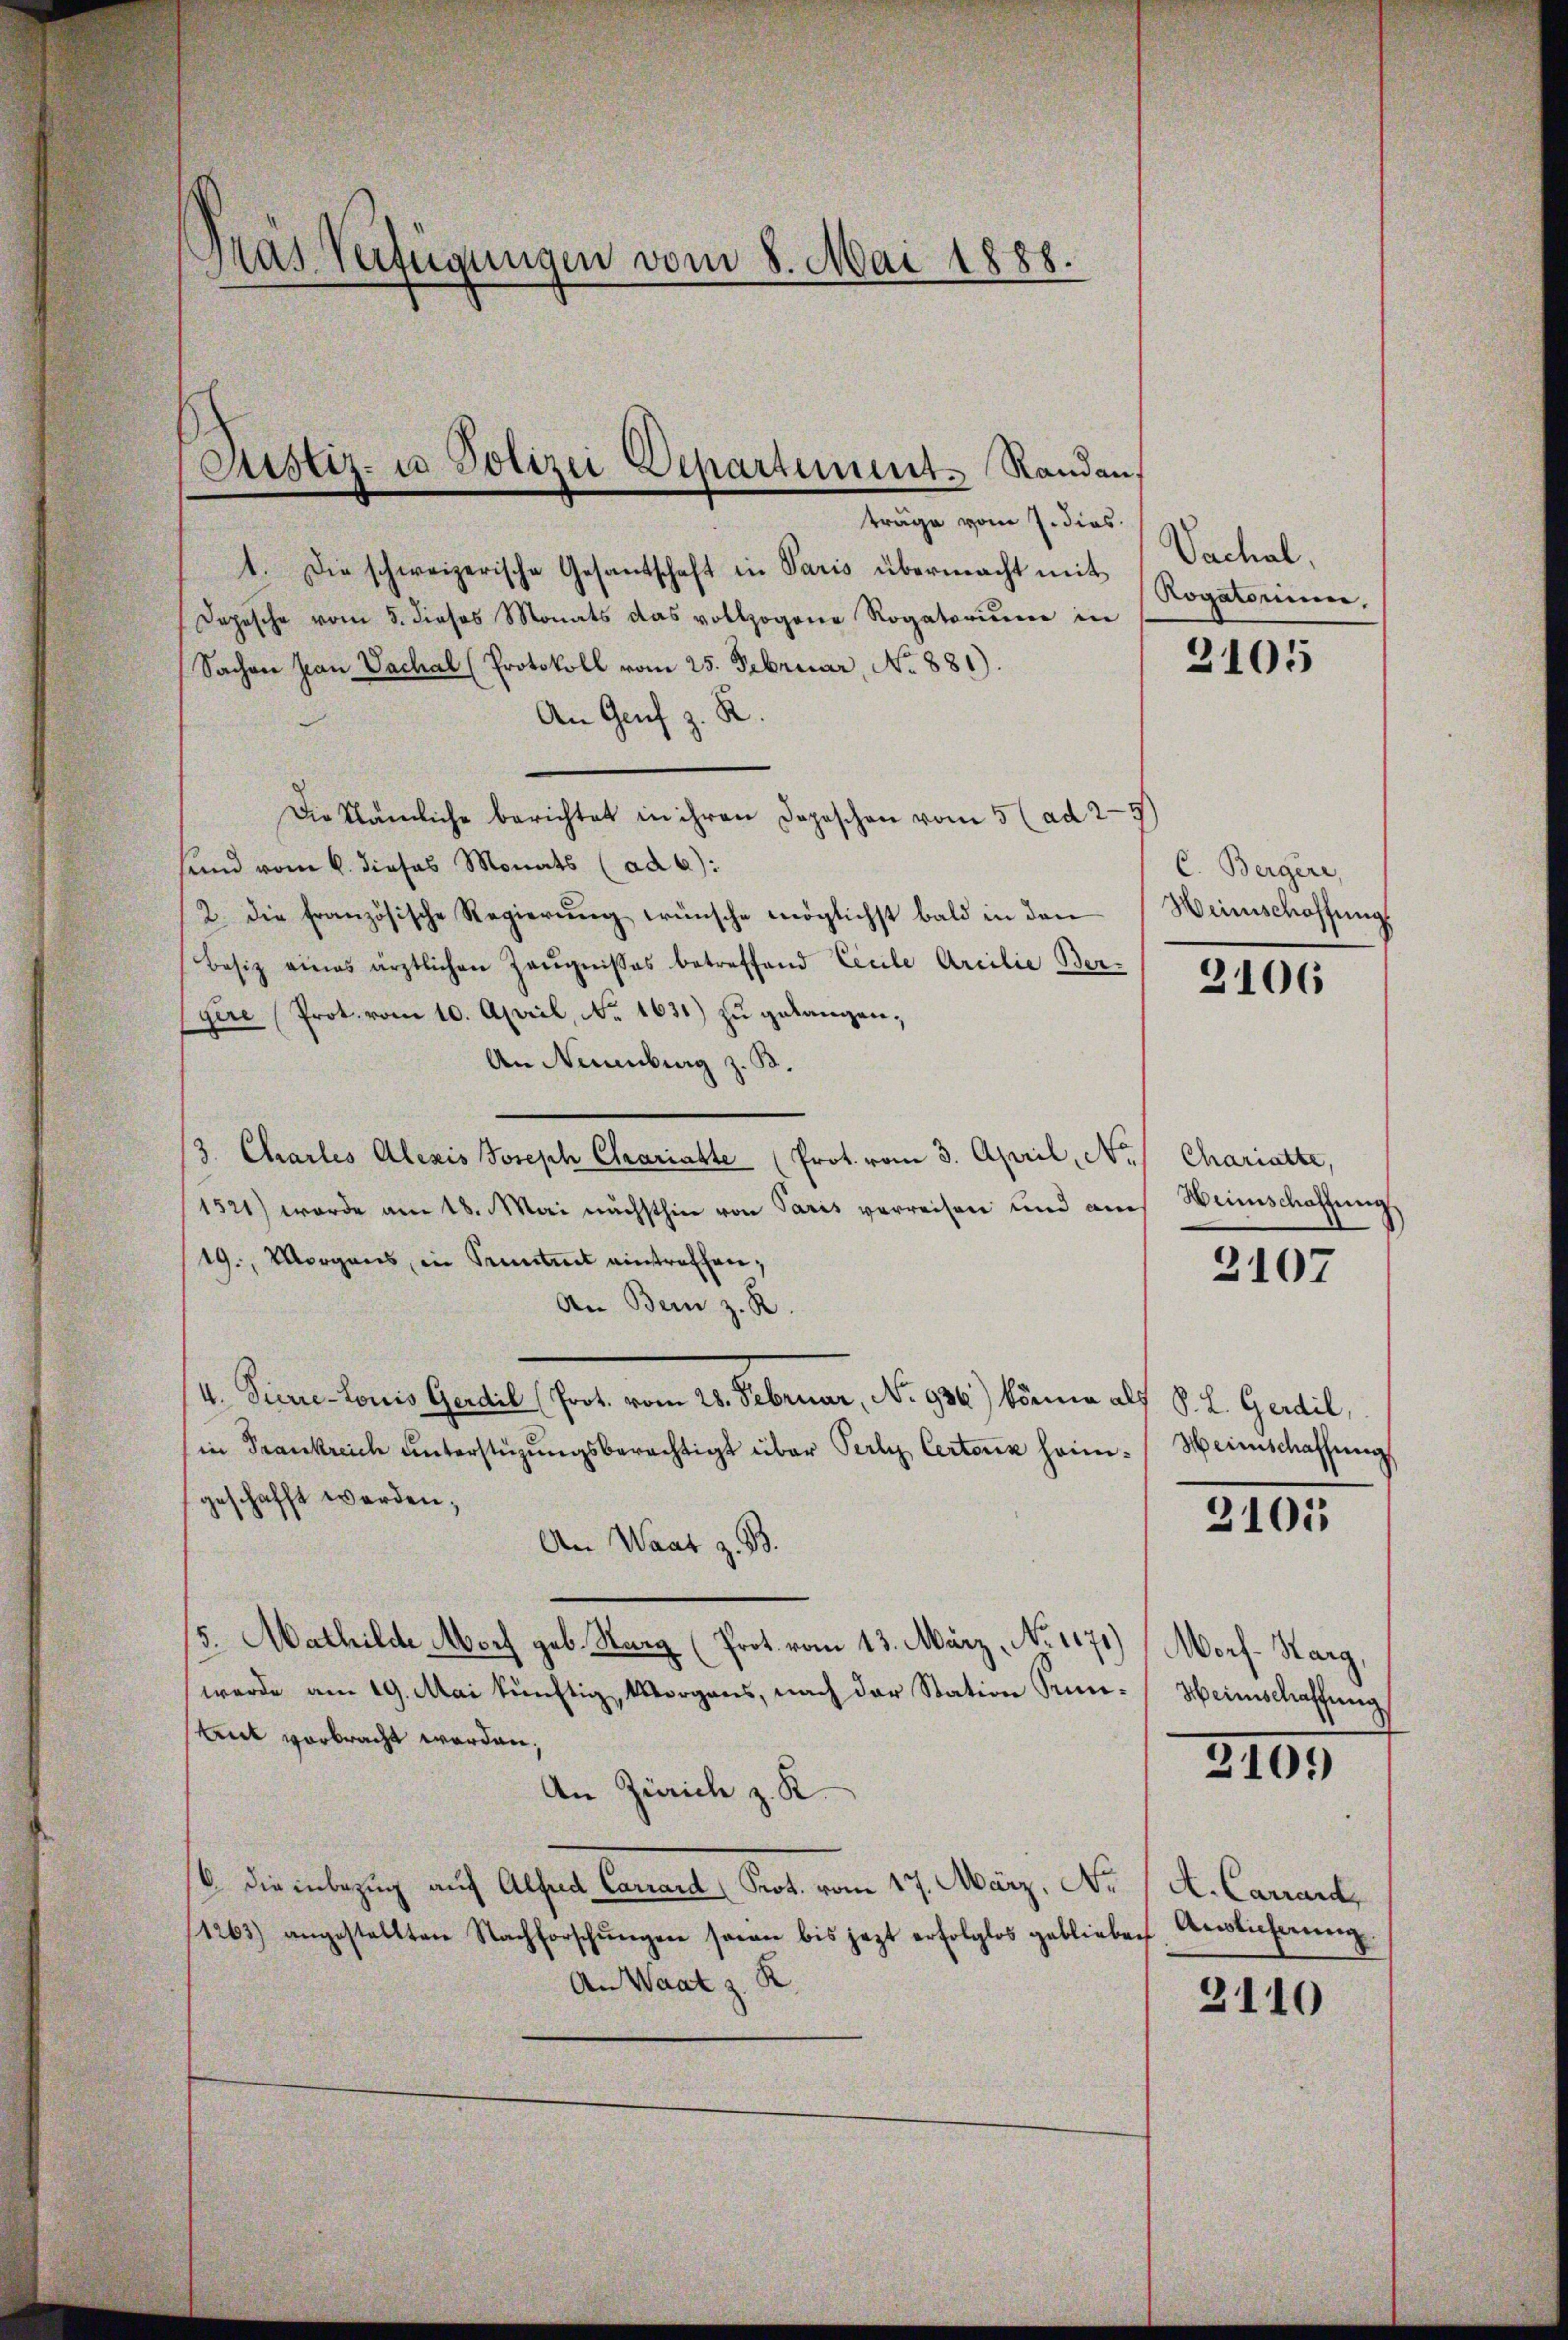
Fras Verfügungen vom 8. Mai 1888.

Justiz- u Polizei Departement. Randen,
träge vom 7. dies

1. Die schweizerische Gesantschaft in Paris übermacht mit
Dopesche vom 5. dieses Monats das vollzogene Rogatorium in
Sachen Jean Vachal (Protokoll vom 25. Februar, No 881).
An Genf z. R.
Die Nämliche berichtet in ihren Depeschen vom 5 (ad 29)
sind vom 6. dieses Monats (ad 6):
2. die französische Regierung wünsche möglichst bald in den
Besiz eines ärztlichen Zeŭgnisses betreffend Cicile Arcilie Bergere Prot. vom 10. April, No. 1631) zu gelangen;
An Neuenburg z. B.
3. Charles Alexis Joseph Chaariatte (Prot. vom 3. April, No
1521) wurde am 18. Mai nächsthin von Paris verreisen und am
19., Morgens, in Pruntert eintreffen:
An Bern z. R.
4. Directoris Geschil (Prot. vom 21. Februar, No. 936.) könne als S. L. Gewil,
in Frankreich unterstüzungsberechtigt über Perl Certenz heim. Weinschaffung
geschafft werden;
An Waat z. B.
5. Mathilde Morf geb. Narg (Prot. vom 13. März, No 1171)
werde am 19. Mai künftig, Morgens, nach der Station Semetant vorbracht werden;
An Zürich z. K.
6 die inbezug auf Alfers Canal Prot. vom 17. März, No
1263) angestellten Nachforschŭngen sein bis jezt erfolglos geblieben Auslicherŭng
An Waat z. R.

Vachal
Rogatomimen,

2105

C. Bergere,
Weinschaffung

2106

Chariatte,
Weinschaffung

2107

3101

Morf-Harg,
Heinschaffung

3109

A. Carrard,

2110